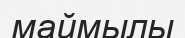
маймылы